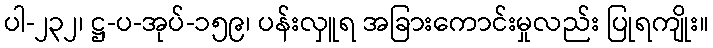
ပါ-၂၃၂၊ ဋ္ဌ-ပ-အုပ်-၁၅၉၊ ပန်းလှူရ အခြားကောင်းမှုလည်း ပြုရကျိုး။